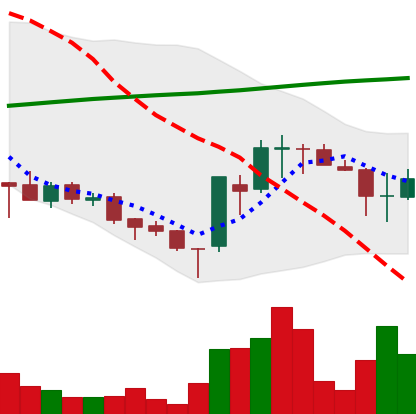
Ticker: EOS-USD
Chart end date: 2018-03-28
Forward return: -6.429%
Label: down_5_7